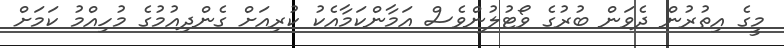
މީގެ އިތުރުން ދެވަން ބުރުގެ ވޯޓުލުންވެސް އަމާންކަމާއެކު ކުރިއަށް ގެންދިއުމުގެ މުހިއްމު ކަމަށް